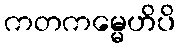
ကတကမ္မေဟိပိ